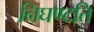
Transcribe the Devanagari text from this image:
निघण्टति